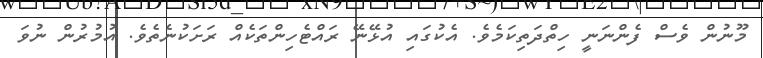
މޫނުން ވެސް ފެންނަނީ ހިތްދަތިކަމެވެ. އެކުގައި އުޅޭނޭ ރައްޓެހިންތަކެއް ރަށަކުނެތެވެ. އުމުރުން ނުވަ